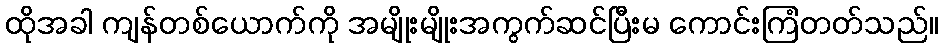
ထိုအခါ ကျန်တစ်ယောက်ကို အမျိုးမျိုးအကွက်ဆင်ပြီးမ ကောင်းကြံတတ်သည်။